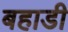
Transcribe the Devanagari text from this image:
बहाडी